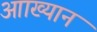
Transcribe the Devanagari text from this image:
आाख्यान